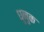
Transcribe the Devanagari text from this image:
धुनुक